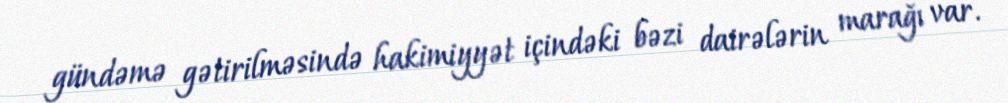
gündəmə gətirilməsində hakimiyyət içindəki bəzi dairələrin marağı var.